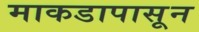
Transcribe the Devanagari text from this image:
माकडापासून